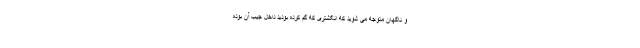
و ناگهان متوجه می شوید که انگشتری که گم کرده بودید داخل جیب آن بوده